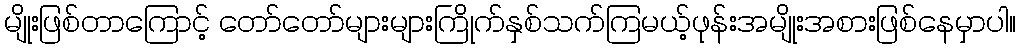
မျိုးဖြစ်တာကြောင့် တော်တော်များများကြိုက်နှစ်သက်ကြမယ့်ဖုန်းအမျိုးအစားဖြစ်နေမှာပါ။